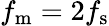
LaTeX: f_{\mathrm{m}}=2f_{\mathrm{s}}